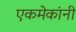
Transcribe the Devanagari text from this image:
एकमेकांनी